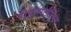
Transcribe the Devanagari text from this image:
रीइन्सटौलिंग